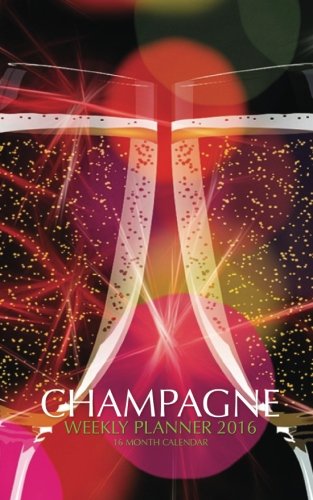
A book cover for Champagne Weekly Planner 2016: 16 Month Calendar; Jack Smith; Calendars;